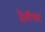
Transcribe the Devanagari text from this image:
देवीपद